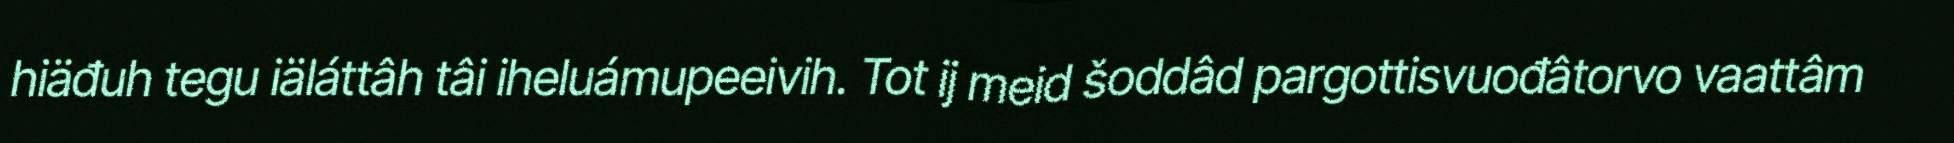
hiäđuh tegu iäláttâh tâi iheluámupeeivih. Tot ij meid šoddâd pargottisvuođâtorvo vaattâm